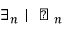
\exists \v { r } _ { \boldsymbol { n } } \mid \v { U } \perp \v { r } _ { \boldsymbol { n } }